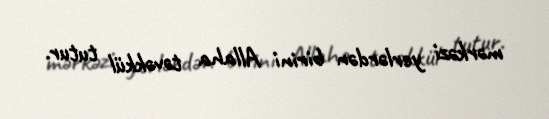
mərkəzi yerlərdən birini Allaha təvəkkül tutur.